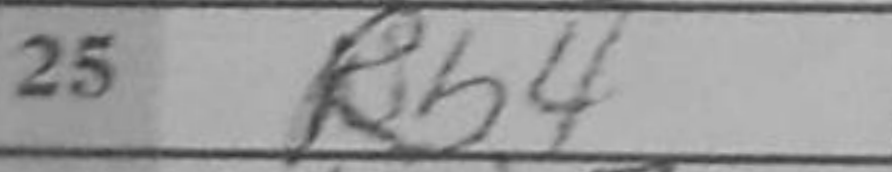
Transcription: Rb4